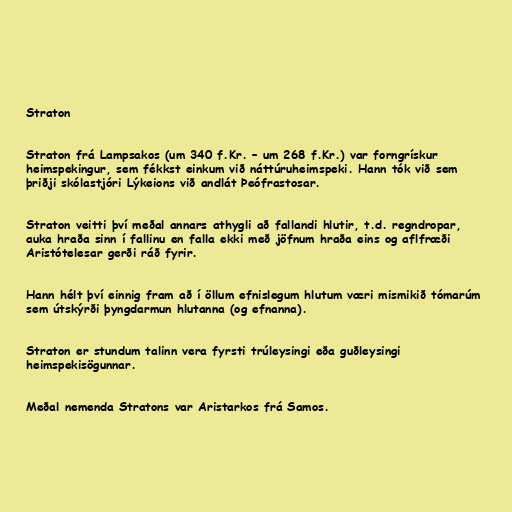
Straton

Straton frá Lampsakos (um 340 f.Kr. – um 268 f.Kr.) var forngrískur
heimspekingur, sem fékkst einkum við náttúruheimspeki. Hann tók við sem
þriðji skólastjóri Lýkeions við andlát Þeófrastosar.

Straton veitti því meðal annars athygli að fallandi hlutir, t.d. regndropar,
auka hraða sinn í fallinu en falla ekki með jöfnum hraða eins og aflfræði
Aristótelesar gerði ráð fyrir.

Hann hélt því einnig fram að í öllum efnislegum hlutum væri mismikið tómarúm
sem útskýrði þyngdarmun hlutanna (og efnanna).

Straton er stundum talinn vera fyrsti trúleysingi eða guðleysingi
heimspekisögunnar.

Meðal nemenda Stratons var Aristarkos frá Samos.